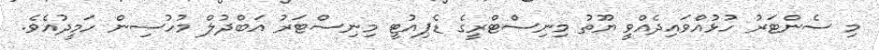
މި ސެންޓަރު ހުޅުއްވައިދެއްވީ ޔޫތު މިނިސްޓްރީގެ ޑެޕިއުޓީ މިނިސްޓަރު އަބްދުލް މުހުސިން ހަމީދުއެވެ.